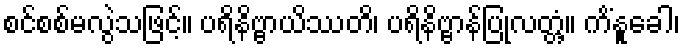
စင်စစ်မလွဲသဖြင့်။ ပရိနိဗ္ဗာယိဿတိ၊ ပရိနိဗ္ဗာန်ပြုလတ္တံ့။ ကိံနူခေါ၊